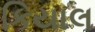
કિયાલ